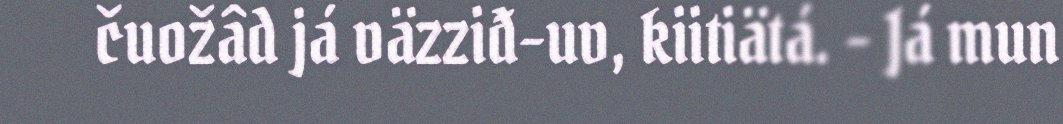
čuožâd já väzziđ-uv, kiitiätá. - Já mun